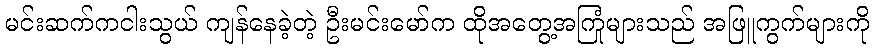
မင်းဆက်ကငါးသွယ် ကျန်နေခဲ့တဲ့ ဦးမင်းမော်က ထိုအတွေ့အကြုံများသည် အဖြူကွက်များကို